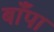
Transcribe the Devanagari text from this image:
बाँपा